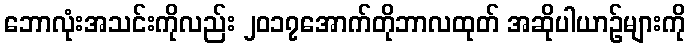
ဘောလုံးအသင်းကိုလည်း ၂၀၁၇အောက်တိုဘာလထုတ် အဆိုပါယာဉ်များကို